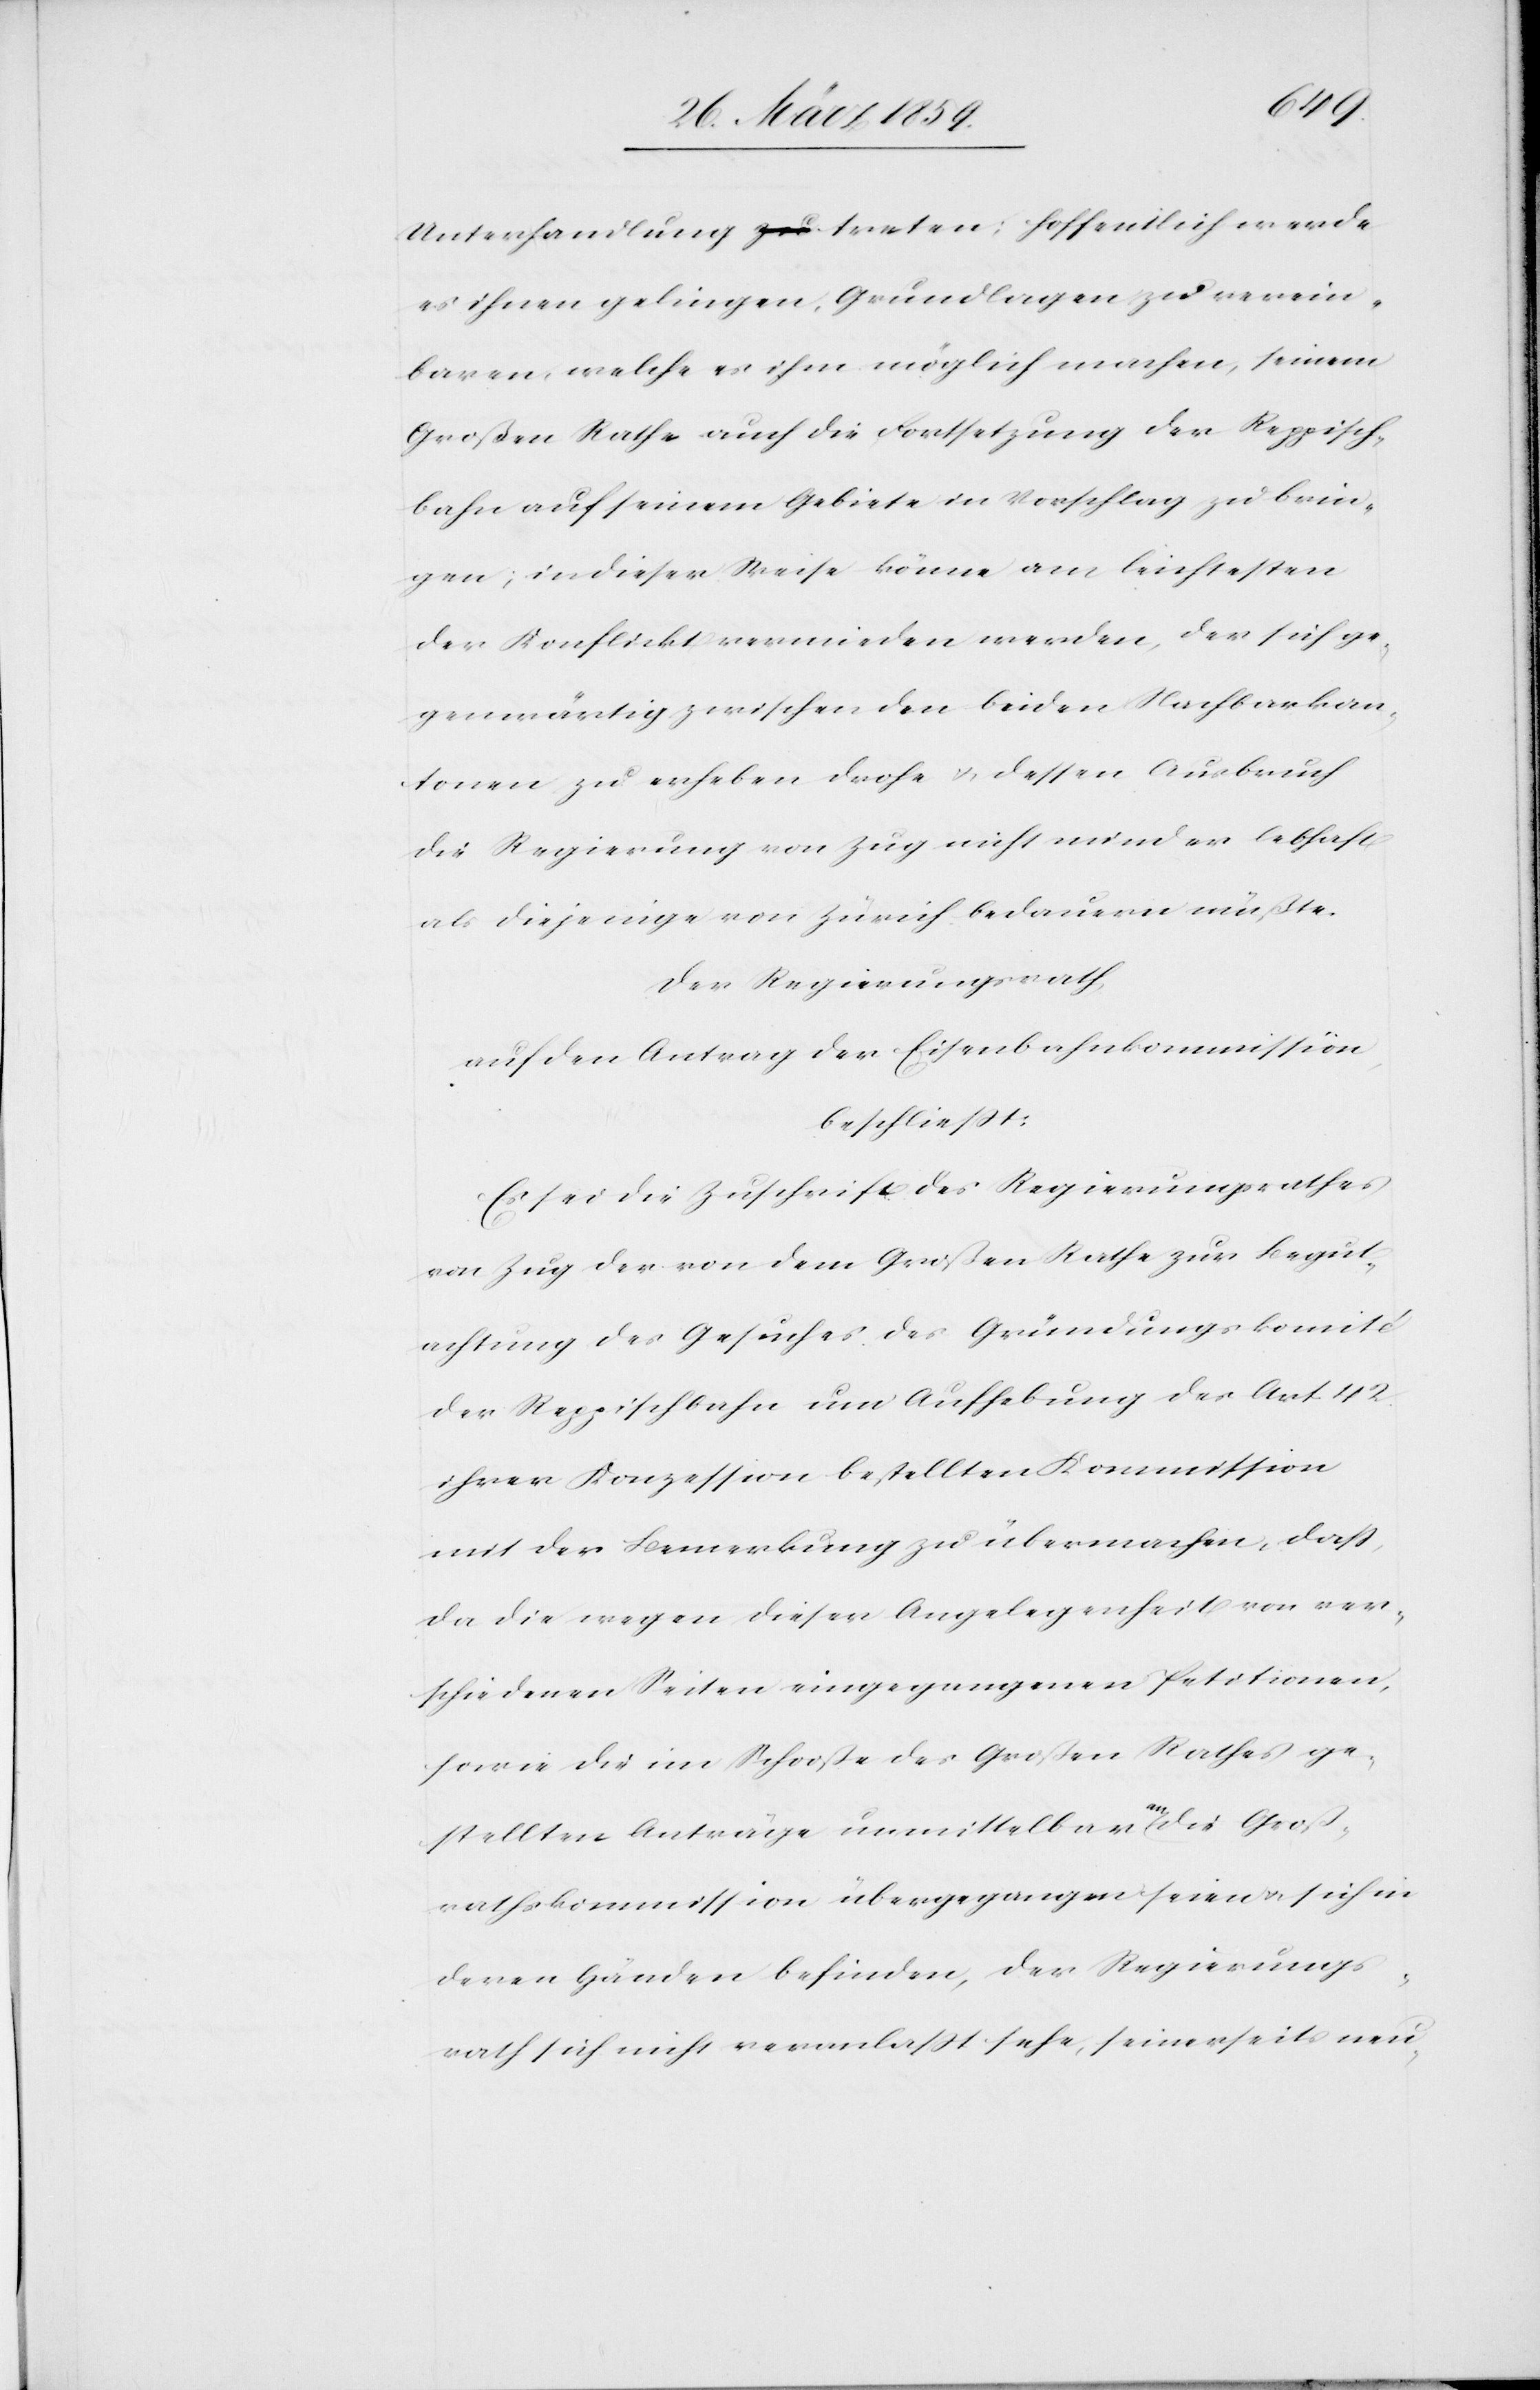
Unterhandlung treten; hoffentlich werde
es ihnen gelingen, Grundlagen zu verein¬
baren, welche es ihm möglich machen, seinem
Großen Rathe auch die Fortsetzung der Reppisch¬
bahn auf seinem Gebiete in Vorschlag zu brin¬
gen; in dieser Weise könne am leichtesten
der Konflickt vermieden werden, der sich ge¬
genwärtig zwischen den beiden Nachbarkan¬
tonen zu erheben drohe u. dessen Ausbruch
die Regierung von Zug nicht minder lebhaft
als diejenige von Zürich bedauern müßte.
Der Regierungsrath,
auf den Antrag der Eisenbahnkommission,
beschließt:
Es sei die Zuschrift des Regierungsrathes
von Zug der von dem Großen Rathe zur Begut¬
achtung des Gesuches des Gründungskomité
der Reppischbahn um Aufhebung des Art. 42.
ihrer Konzession bestellten Kommission
mit der Bemerkung zu übermachen, daß,
da die wegen dieser Angelegenheit von ver¬
schiedenen Seiten eingegangenen Petitionen,
sowie die im Schooße des Großen Rathes ge¬
stellten Anträge unmittelbar an die Groß¬
rathskommission übergegangen seien u. sich in
deren Händen befinden, der Regierungs¬
rath sich nicht veranlaßt sehe, seinerseits neu-